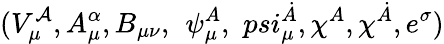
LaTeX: (V_{\mu}^{\mathcal{A}},A_{\mu}^{\alpha},B_{\mu\nu},\, \ \psi_{\mu}^{A},\, \, psi_{\mu}^{\dot{{A}}},\chi^{A},\chi^{\dot{{A}}},e^{\sigma})